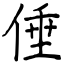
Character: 倕